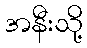
အနီးသို့